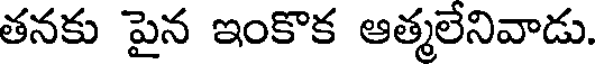
తనకు పైన ఇంకొక ఆత్మలేనివాడు.